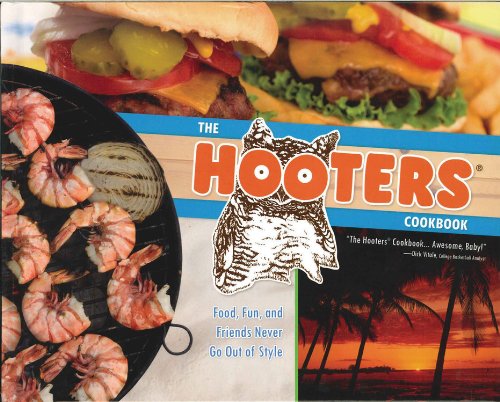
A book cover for The Hooters Cookbook; Cookbooks, Food & Wine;